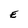
Character: E